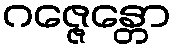
ဂဇ္ဇေန္တော